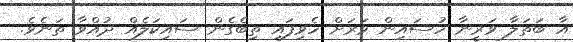
އާ ބަތަލާ ވަރީނާ ހުސައިން ވަރަށް ހެވިފައި ތިބެގެން ސައިކަލެއް ދުއްވާ ތަނެވެ.